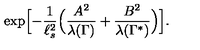
\exp \Bigl [ - { \frac { 1 } { \ell _ { s } ^ { 2 } } } \Bigl ( { \frac { A ^ { 2 } } { \lambda ( \Gamma ) } } + { \frac { B ^ { 2 } } { \lambda ( \Gamma ^ { * } ) } } \Bigr ) \Bigr ] .